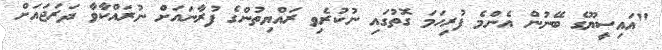
"އައިސީޔޫގެ ބޭނުން އެންމެ ފުރިހަމަ ގޮތުގައި ނުކުރެވި ރައްޔިތުންގެ ފުރާނައަށް ނުރައްކާވާ ދަރަޖައަށް